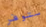
ستوفر